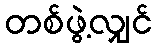
တစ်ဖွဲ့လျှင်